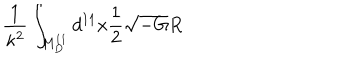
\frac { 1 } { \kappa ^ { 2 } } \int _ { M _ { D } ^ { 1 1 } } d ^ { 1 1 } x \frac { 1 } { 2 } \sqrt { - G } R